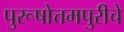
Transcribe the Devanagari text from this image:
पुरूषोत्तमपुरीचे